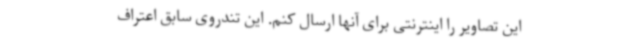
این تصاویر را اینترنتی برای آنها ارسال کنم. ‌این تندروی سابق اعتراف